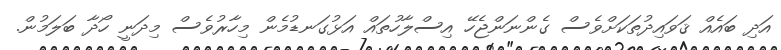
އަދި ބައެއް ޤަވައިދުތަކަށްވެސް ގެންނަންޖެހޭ އިސްލާހުތައް އަޅުގަނޑުމެން މިހާރުވެސް މިދަނީ ހޯދާ ބަލަމުން.